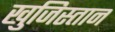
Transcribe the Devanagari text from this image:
खुजिस्तान